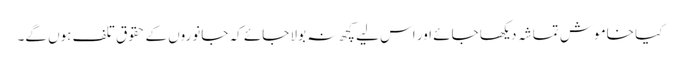
کیا خاموش تماشہ دیکھا جائے اور اس لیے کچھ نہ بولا جائے کہ جانوروں کے حقوق تلف ہوں گے۔